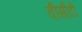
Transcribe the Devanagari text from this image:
वीसीटी